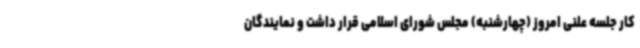
کار جلسه علنی امروز (چهارشنبه) مجلس شورای اسلامی قرار داشت و نمایندگان